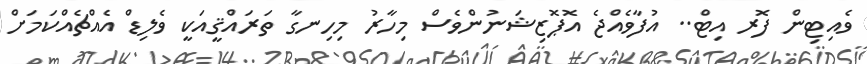
ވެއިޓިން ފޮރ އިޓް.. އުފާވެއްޖެ އޮޕޮޒިޝަނުންވެސް މިހާރު މިހިނގާ ތަރައްްޤީއަކީ ވެލިޑް އެއްޗެެއްކަމަށް